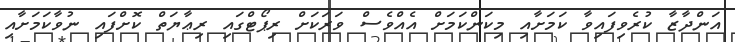
އަންދާޒާ ކުރެވިފައިވާ ކަމަށާއި މިކަންކަމަށް އެއްވެސް ވަރަކަށް ރިޕޯޓްގައި ރިޢާޔަތް ކޮށްފައި ނުވާކަމަށާއި